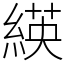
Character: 緓